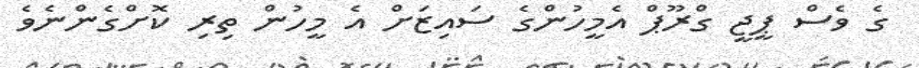
ގެ ވެސް ޕީޖީ ގްރޫޕް އެމީހުންގެ ސައިޒަށް އެ މީހުން ތިރި ކޮށްގެންނެވެ